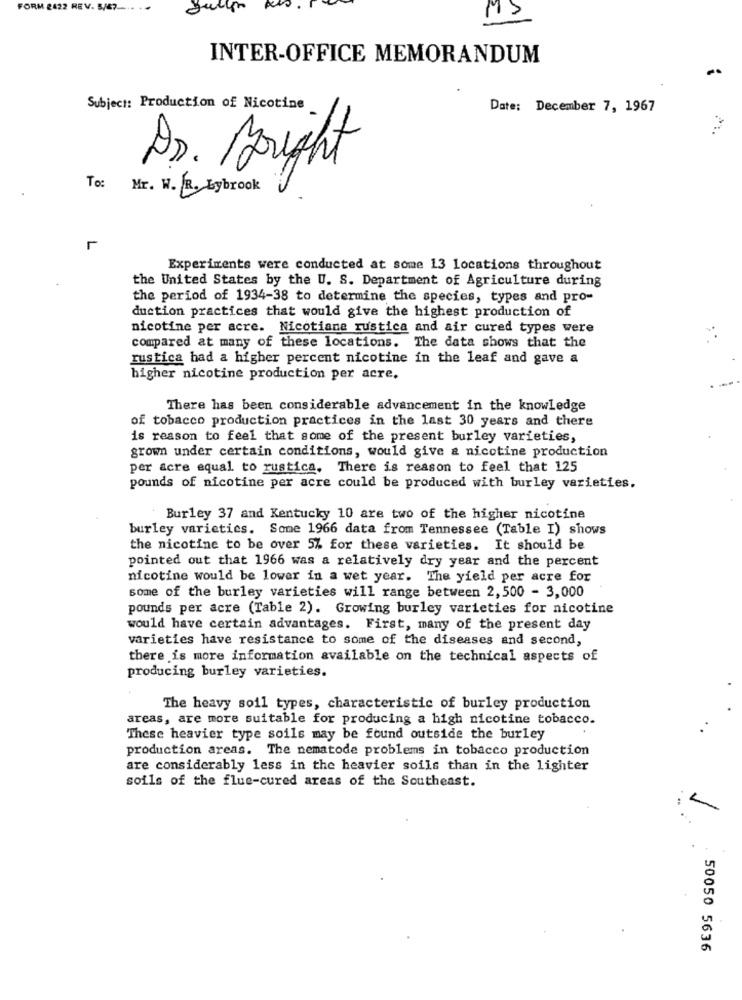
FORM 2422 REV. 5/47 --.
MS
INTER-OFFICE MEMORANDUM
Subject: Production of Nicotine
Date: December 7, 1967
Dr. Goright
To: Mr. W. R. Lybrook
L
Experiments were conducted at some 13 locations throughout
the United States by the U. S. Department of Agriculture during
the period of 1934-38 to determine the species, types and pro-
duction practices that would give the highest production of
nicotine per acre. Nicotiana rustica and air cured types were
compared at many of these locations. The data shows that the
rustica had a higher percent nicotine in the leaf and gave a
higher nicotine production per acre.
There has been considerable advancement in the knowledge
of tobacco production practices in the last 30 years and there
is reason to feel that some of the present burley varieties,
grown under certain conditions, would give & nicotine production
per acre equal to rustica. There is reason to feel that 125
pounds of nicotine per acre could be produced with burley varieties.
Burley 37 and Kentucky 10 are two of the higher nicotine
burley varieties. Some 1966 data from Tennessee (Table I) shows
the nicotine to be over 5% for these varieties. It should be
pointed out that 1966 was a relatively dry year and the percent
nicotine would be lower in a wet year. The yield per acre for
some of the burley varieties will range between 2,500 - 3,000
pounds per acre (Table 2). Growing burley varieties for nicotine
would have certain advantages. First, many of the present day
varieties have resistance to some of the diseases and second,
there is more information available on the technical aspects of
producing burley varieties.
The heavy soil types, characteristic of burley production
areas, are more suitable for producing a high nicotine tobacco.
These heavier type soils may be found outside the burley
production areas. The nematode problems in tobacco production
are considerably less in the heavier soils than in the lighter
soils of the flue-cured areas of the Southeast.
50050 5636